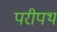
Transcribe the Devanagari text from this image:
परीपथ